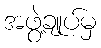
အဖွဲ့ချုပ်မှ